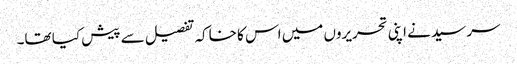
سر سید نے اپنی تحریروں میں اس کا خاکہ تفصیل سے پیش کیا تھا۔